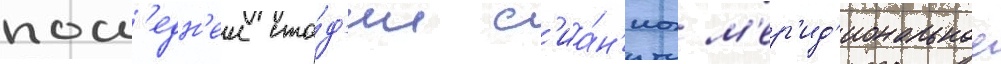
посл'едн'еи ста́д'ии с'иа́н'иа м'ер'ид'иональное